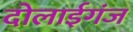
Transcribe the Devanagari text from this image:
दोलाईगंज